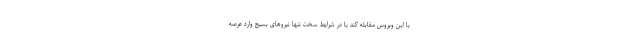
با این ویروس مقابله کند یا در شرایط سخت تنها نیروهای بسیج وارد عرصه